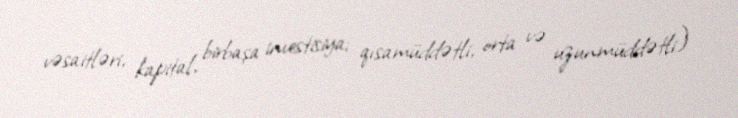
vəsaitləri, kapital, birbaşa investisiya; qısamüddətli, orta və uzunmüddətli)